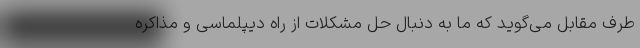
طرف مقابل می‌گوید که ما به دنبال حل مشکلات از راه دیپلماسی و مذاکره